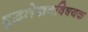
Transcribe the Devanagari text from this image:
शुद्धलेखनविषयक